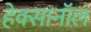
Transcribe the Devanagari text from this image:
हेक्सानॉल